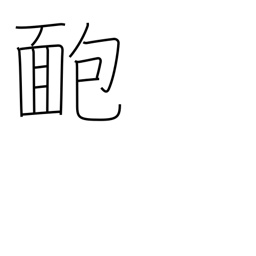
Meaning: pimple